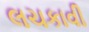
લચકાવી